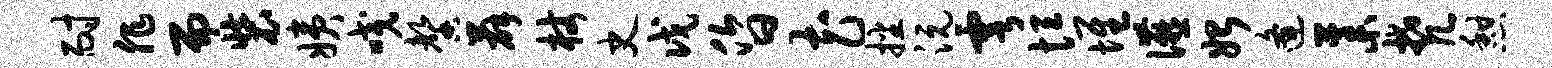
耐非而装姨咬馨薛杖史戊昏花播沅雩恒堆宴始逄藁梵憩